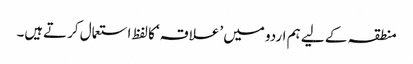
منطقہ کے لیے ہم اردو میں ’علاقہ‘ کا لفظ استعمال کرتےہیں۔